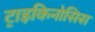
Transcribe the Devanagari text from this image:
ट्राइकिनोसिस